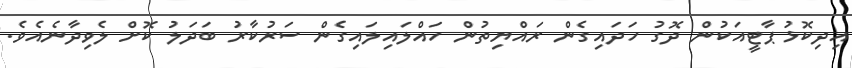
އިދިކޮޅު ޕާޓީއަކުން ދޮގު ހަދައިގެން ރައްޔިތުން ހައްލައިލައިގެން ސަރުކާރު ބަދަލު ކޮށް ލެވިދާނެއެވެ.